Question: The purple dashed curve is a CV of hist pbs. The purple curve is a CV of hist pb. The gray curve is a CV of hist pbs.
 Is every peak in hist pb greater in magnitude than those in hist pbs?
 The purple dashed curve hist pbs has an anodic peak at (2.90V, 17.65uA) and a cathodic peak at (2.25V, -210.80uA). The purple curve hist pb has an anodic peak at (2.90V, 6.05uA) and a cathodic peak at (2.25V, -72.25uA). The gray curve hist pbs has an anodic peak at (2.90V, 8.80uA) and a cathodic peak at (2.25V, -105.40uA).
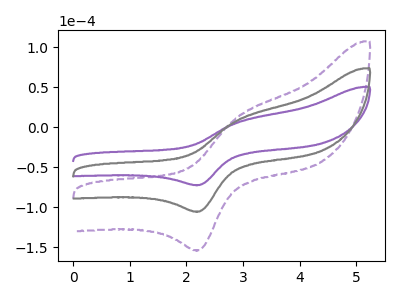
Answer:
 <answer>Every peak in "hist pb" is lower than every peak in "hist pbs".</answer>
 <eval>lower</eval>